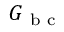
G _ { \mathrm { ~ b ~ c ~ } }